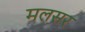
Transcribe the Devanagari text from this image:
मलसर